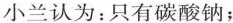
小兰认为：只有碳酸钠；